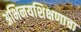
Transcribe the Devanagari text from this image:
अभिनयशिक्षणाचा